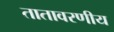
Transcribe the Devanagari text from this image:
तातावरणीय